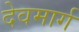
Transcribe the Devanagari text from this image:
देवमार्ग